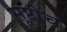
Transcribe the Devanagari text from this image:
सृष्टीच